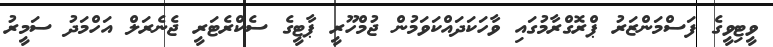
ވީޓިވީގެ ފަސްމަންޒަރު ޕްރޮގްރާމުގައި ވާހަކަދައްކަވަމުން ޖުމްހޫރީ ޕާޓީގެ ސެކްރެޓަރީ ޖެނެރަލް އަހްމަދު ސަމީރު